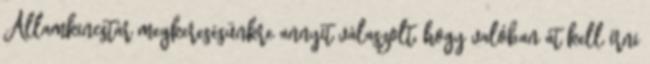
Államkincstár megkeresésünkre annyit válaszolt, hogy valóban át kell írni